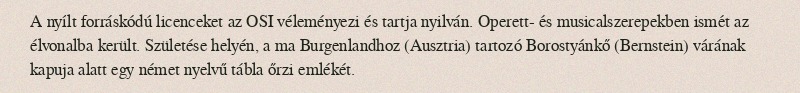
A nyílt forráskódú licenceket az OSI véleményezi és tartja nyilván. Operett- és musicalszerepekben ismét az élvonalba került. Születése helyén, a ma Burgenlandhoz (Ausztria) tartozó Borostyánkő (Bernstein) várának kapuja alatt egy német nyelvű tábla őrzi emlékét.